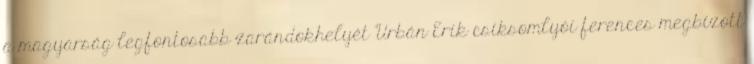
a magyarság legfontosabb zarándokhelyét Urbán Erik csíksomlyói ferences megbízott